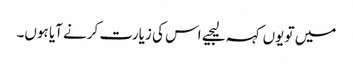
میں تو یوں کہہ لیجیے اس کی زیارت کرنے آیا ہوں۔